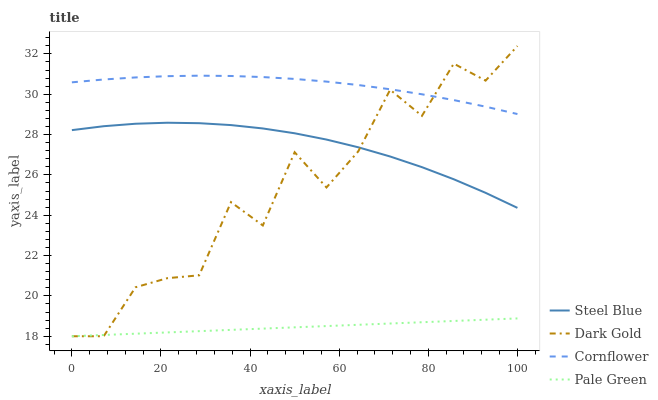
| xaxis_label | Steel Blue | Dark Gold | Cornflower | Pale Green |
 | --- | --- | --- | --- | --- |
 | 0 | 28.2 | 18 | 30.6 | 18 |
 | 7.14 | 28.4 | 18 | 30.7 | 18.1 |
 | 14.3 | 28.5 | 20.4 | 30.8 | 18.1 |
 | 21.4 | 28.6 | 20.9 | 30.9 | 18.2 |
 | 28.6 | 28.6 | 21 | 30.9 | 18.3 |
 | 35.7 | 28.5 | 24.7 | 30.9 | 18.3 |
 | 42.9 | 28.3 | 23.5 | 30.9 | 18.4 |
 | 50 | 28.1 | 27.1 | 30.8 | 18.4 |
 | 57.1 | 27.8 | 25.4 | 30.6 | 18.5 |
 | 64.3 | 27.4 | 27.2 | 30.5 | 18.6 |
 | 71.4 | 26.9 | 30.2 | 30.2 | 18.6 |
 | 78.6 | 26.4 | 28.9 | 30 | 18.7 |
 | 85.7 | 25.8 | 31.5 | 29.7 | 18.8 |
 | 92.9 | 25.1 | 30.7 | 29.4 | 18.8 |
 | 100 | 24.4 | 32.4 | 29 | 18.9 |